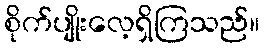
စိုက်ပျိုးလေ့ရှိကြသည်။